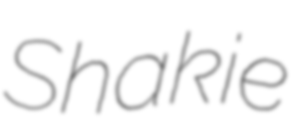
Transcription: Shakie